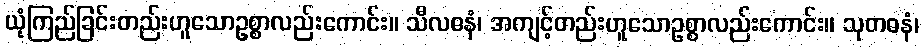
ယုံကြည်ခြင်းတည်းဟူသောဥစ္စာလည်းကောင်း။ သီလဓနံ၊ အကျင့်တည်းဟူသောဥစ္စာလည်းကောင်း။ သုတဓနံ၊